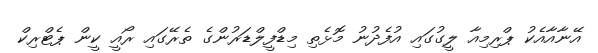
އޭނާއާއެކު ޕްރިމިއާ ލީގުގައި އުފެދުނު މޮޅެތި މިޑްފީލްޑަރުންގެ ތެރޭގައި ރޯއީ ކީން ޕެޓްރިކް